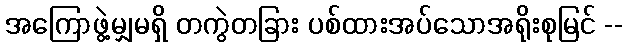
အကြောဖွဲ့မျှမရှိ တကွဲတခြား ပစ်ထားအပ်သောအရိုးစုမြင် --